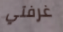
غرفتي